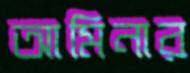
আমিনার